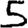
Digit: 5